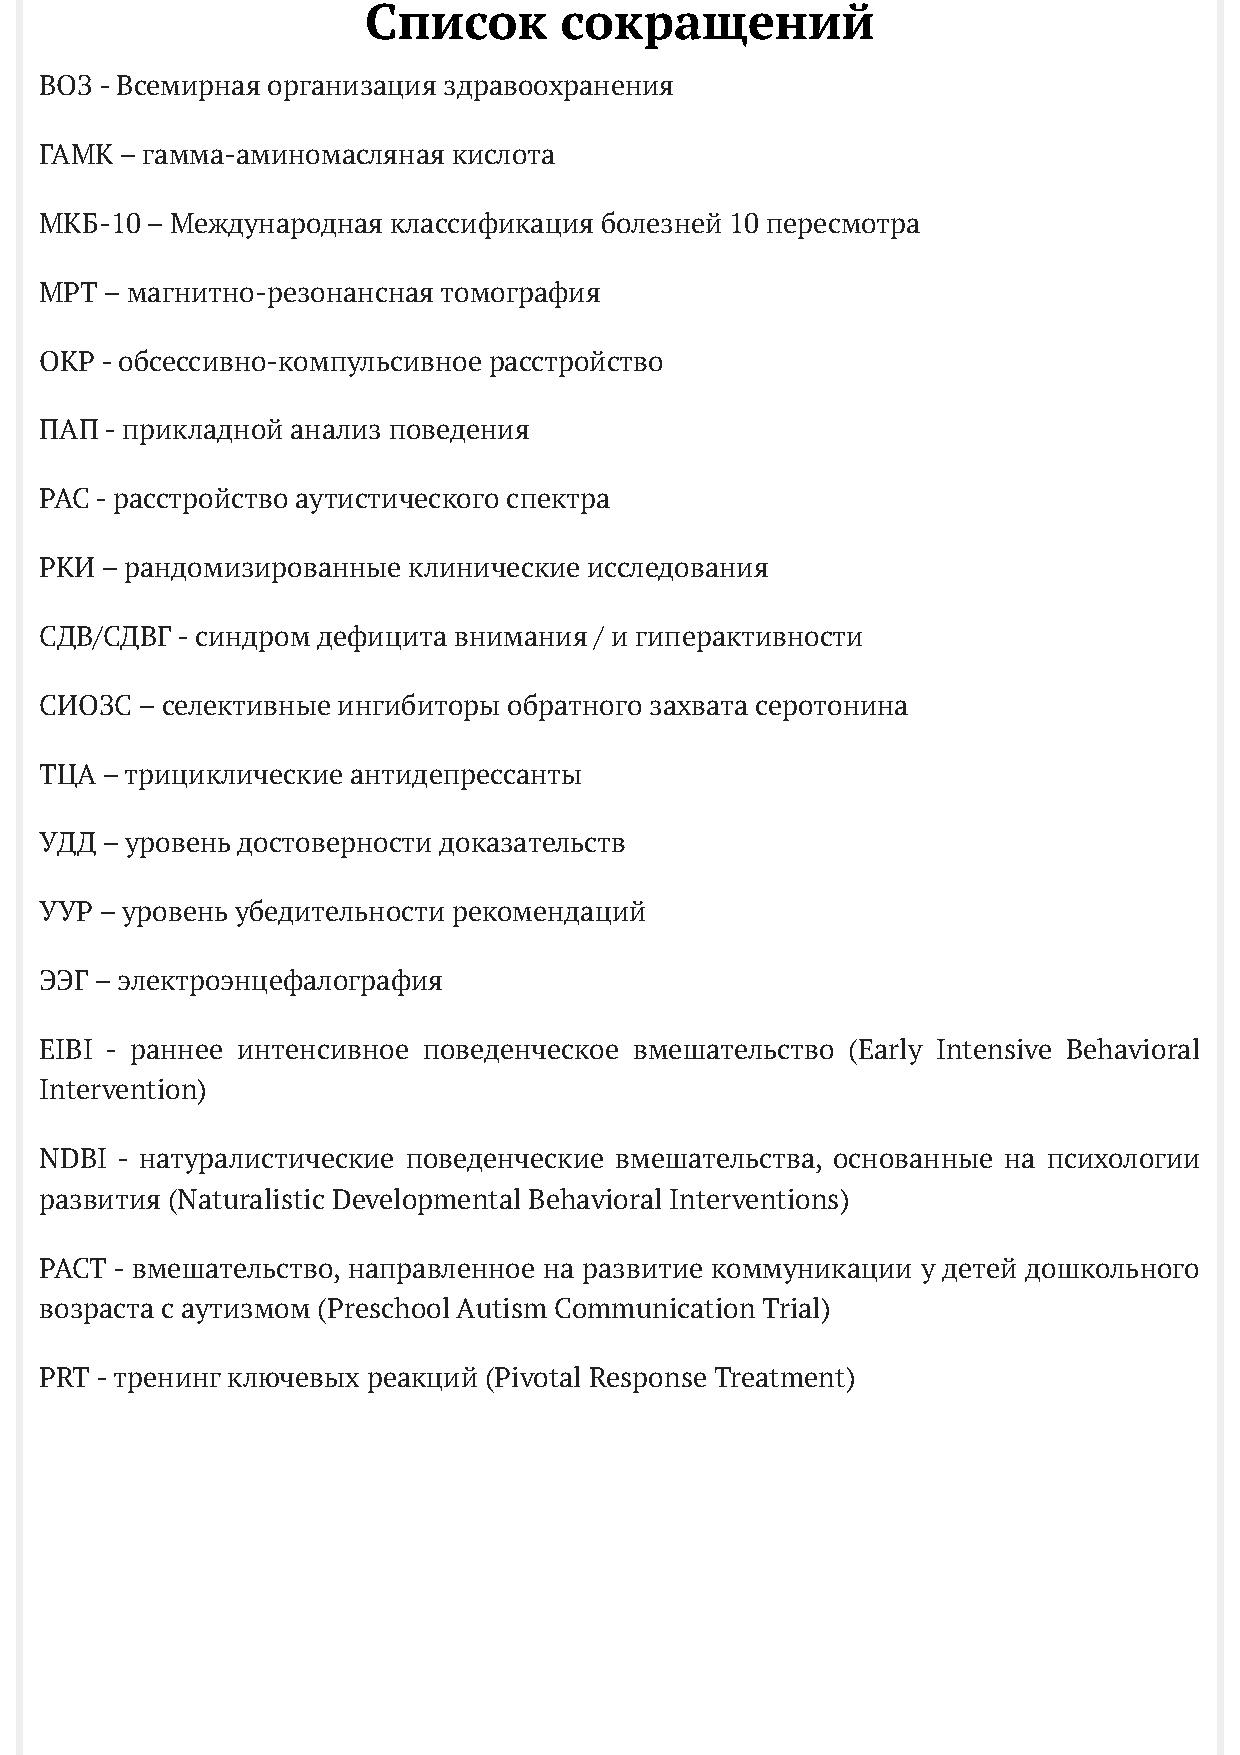
Список       сокращений
 ВОЗ - Всемирная организация здравоохранения
 ГАМК – гамма-аминомасляная кислота
 МКБ-10 – Международная классификация болезней 10 пересмотра
 МРТ – магнитно-резонансная томография
 ОКР - обсессивно-компульсивное расстройство
 ПАП - прикладной анализ поведения
 РАС - расстройство аутистического спектра
 РКИ – рандомизированные клинические исследования
 СДВ/СДВГ - синдром дефицита внимания / и гиперактивности
 СИОЗС – селективные ингибиторы обратного захвата серотонина
 ТЦА – трициклические антидепрессанты
 УДД – уровень достоверности доказательств
 УУР – уровень убедительности рекомендаций
 ЭЭГ – электроэнцефалография
 EIBI - раннее интенсивное поведенческое вмешательство (Early Intensive Behavioral
 Intervention)
 NDBI - натуралистические поведенческие вмешательства, основанные на психологии
 развития (Naturalistic Developmental Behavioral Interventions)
 PACT - вмешательство, направленное на развитие коммуникации у детей дошкольного
 возраста с аутизмом (Preschool Autism Communication Trial)
 PRT - тренинг ключевых реакций (Pivotal Response Treatment)